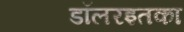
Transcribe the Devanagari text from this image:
डॉलरइतका